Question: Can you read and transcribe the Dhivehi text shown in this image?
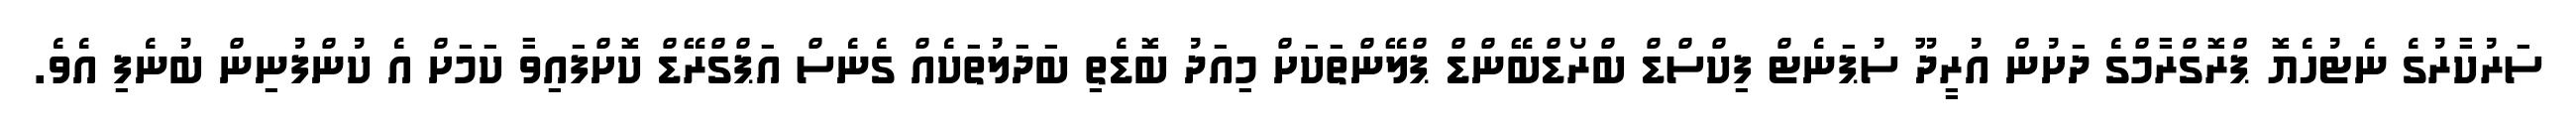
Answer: ސަރުކާރުގެ ނެޓުހެޔޮ ޕްރޮގްރާމްގެ ދަށުން އުރީދޫ ސުޕަނެޓް ފިކްސްޑް ބްރޯޑްބޭންޑް ޕްލޭންތަކަށް މިއަދު ބޮޑެތި ބަދަލުތަކެއް ގެނެސް އަޕްގްރޭޑް ކޮށްފައިވާ ކަމަށް އެ ކުންފުނިން ބުނެފި އެވެ.